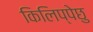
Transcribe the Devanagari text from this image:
किलिप्पेछु